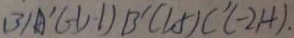
( 3 ) A ^ { \prime } ( - 1 , - 1 ) B ^ { \prime } ( 1 , 5 ) C ^ { \prime } ( - 2 , 4 ) .